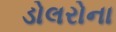
ડોલરોના